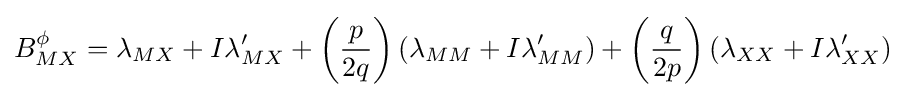
B_{MX}^{\phi }=\lambda _{MX}+I\lambda '_{MX}+\left({\frac {p}{2q}}\right)\left(\lambda _{MM}+I\lambda '_{MM}\right)+\left({\frac {q}{2p}}\right)\left(\lambda _{XX}+I\lambda '_{XX}\right)